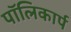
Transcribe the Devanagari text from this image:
पॉलिकार्प